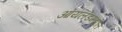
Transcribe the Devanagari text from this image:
आयलंडमधील